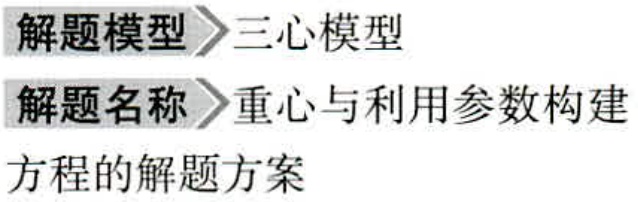
\begin{description}
\item[解题模型] 三心模型
\item[解题名称] 重心与利用参数构建方程的解题方案
\end{description}